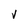
Character: v